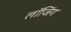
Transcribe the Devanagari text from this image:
लॉजिंग